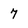
Character: 7